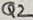
Text: Q2